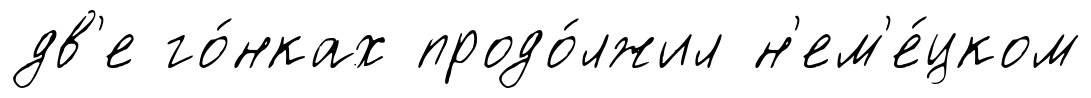
дв'е го́нках продо́лжил н'ем'е́цком